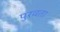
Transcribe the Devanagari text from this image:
पुरवता